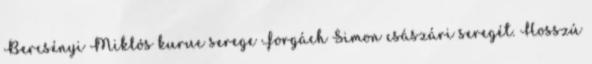
Bercsényi Miklós kuruc serege Forgách Simon császári seregét. Hosszú